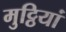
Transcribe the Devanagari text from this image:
मुट्ठियां